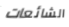
الشائعات